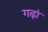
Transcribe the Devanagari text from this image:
गढ़ां